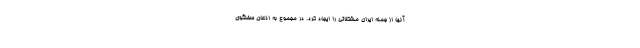
آنها از جمله ایران مشکلاتی را ایجاد کرد. در مجموع به اذعان سخنگوی